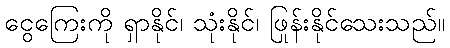
ငွေကြေးကို ရှာနိုင်၊ သုံးနိုင်၊ ဖြုန်းနိုင်သေးသည်။